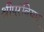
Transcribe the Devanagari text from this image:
श्रीपुरंवियम्